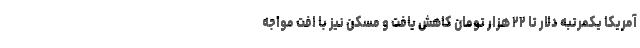
آمریکا یکمرتبه دلار تا ۲۲ هزار تومان کاهش یافت و مسکن نیز با افت مواجه